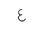
Letter: _ayn